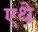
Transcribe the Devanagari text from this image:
एथे